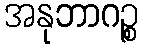
အနုဘာဂဉ္စ